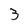
Character: 3